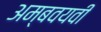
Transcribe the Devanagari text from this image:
अम्बवयवी